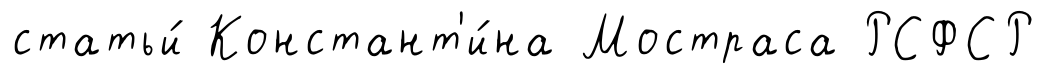
статьи́ Констант'и́на Мостраса РСФСР